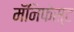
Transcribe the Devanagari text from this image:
मॅनिफेस्ट